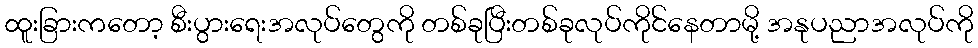
ထူးခြားကတော့ စီးပွားရေးအလုပ်တွေကို တစ်ခုပြီးတစ်ခုလုပ်ကိုင်နေတာမို့ အနုပညာအလုပ်ကို